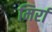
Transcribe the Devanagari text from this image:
मिर्रा